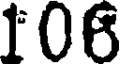
106